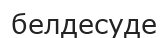
белдесуде